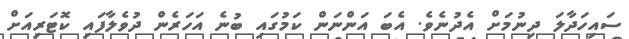
ސައިހަދާލަ ދިނުމަށް އެދުނެވެ. އެބަ އަންނަން ކަމުގައި ބުނެ އަހަރެން ދުވެލާފައި ކޮޓަރިއަށް